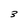
Character: 3